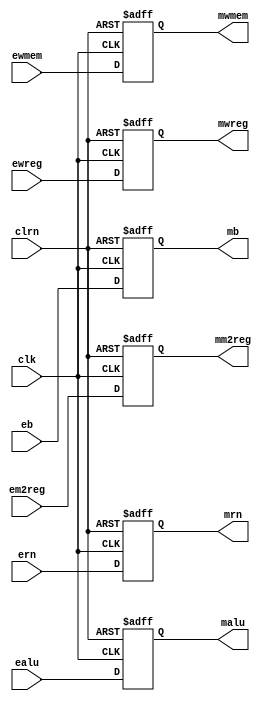
module pipeemreg(	ewreg, em2reg, ewmem, ealu, eb, ern, clk, clrn,
					mwreg, mm2reg, mwmem, malu, mb, mrn);
	input	[31:0]	ealu, eb;
	input	[4:0]	ern;
	input			ewreg, em2reg, ewmem;
	input			clk, clrn;

	output	[31:0]	malu, mb;
	output	[4:0]	mrn;
	output			mwreg, mm2reg, mwmem;

	reg		[31:0]	malu, mb;
	reg		[4:0]	mrn;
	reg				mwreg, mm2reg, mwmem;

	always @(negedge clrn or posedge clk) begin
		//reset
		if(clrn == 0) begin
			mwreg 	<= 0;
			mm2reg 	<= 0;
			mwmem	<= 0;
			malu	<= 0;
			mb 		<= 0;
			mrn		<= 0;
			// pass the registers to next stage
		end else begin
			mwreg 	<= ewreg; 
			mm2reg 	<= em2reg; 
			mwmem	<= ewmem;
			malu	<= ealu;
			mb 		<= eb;
			mrn		<= ern;
		end
	end

endmodule